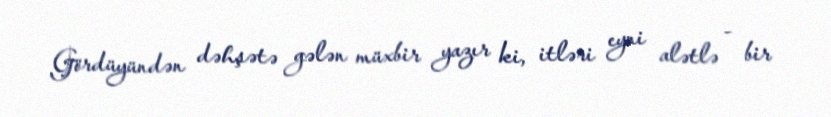
Gördüyündən dəhşətə gələn müxbir yazır ki, itləri eyni alətlə - bir